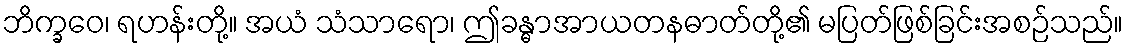
ဘိက္ခဝေ၊ ရဟန်းတို့။ အယံ သံသာရော၊ ဤခန္ဓာအာယတနဓာတ်တို့၏ မပြတ်ဖြစ်ခြင်းအစဉ်သည်။